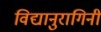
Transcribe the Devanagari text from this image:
विद्यानुरागिनी